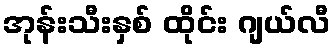
အုန်းသီးနှစ် ထိုင်း ဂျယ်လီ